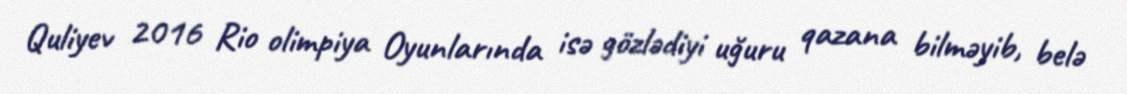
Quliyev 2016 Rio olimpiya Oyunlarında isə gözlədiyi uğuru qazana bilməyib, belə